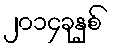
၂၀၁၄ခုနှစ်